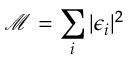
\mathcal { M } = \sum _ { i } | \epsilon _ { i } | ^ { 2 }